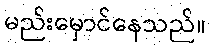
မည်းမှောင်နေသည်။